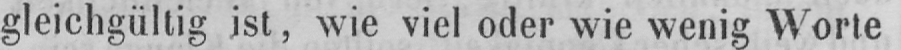
gleichgültig ist, wie viel oder wie wenig Worte